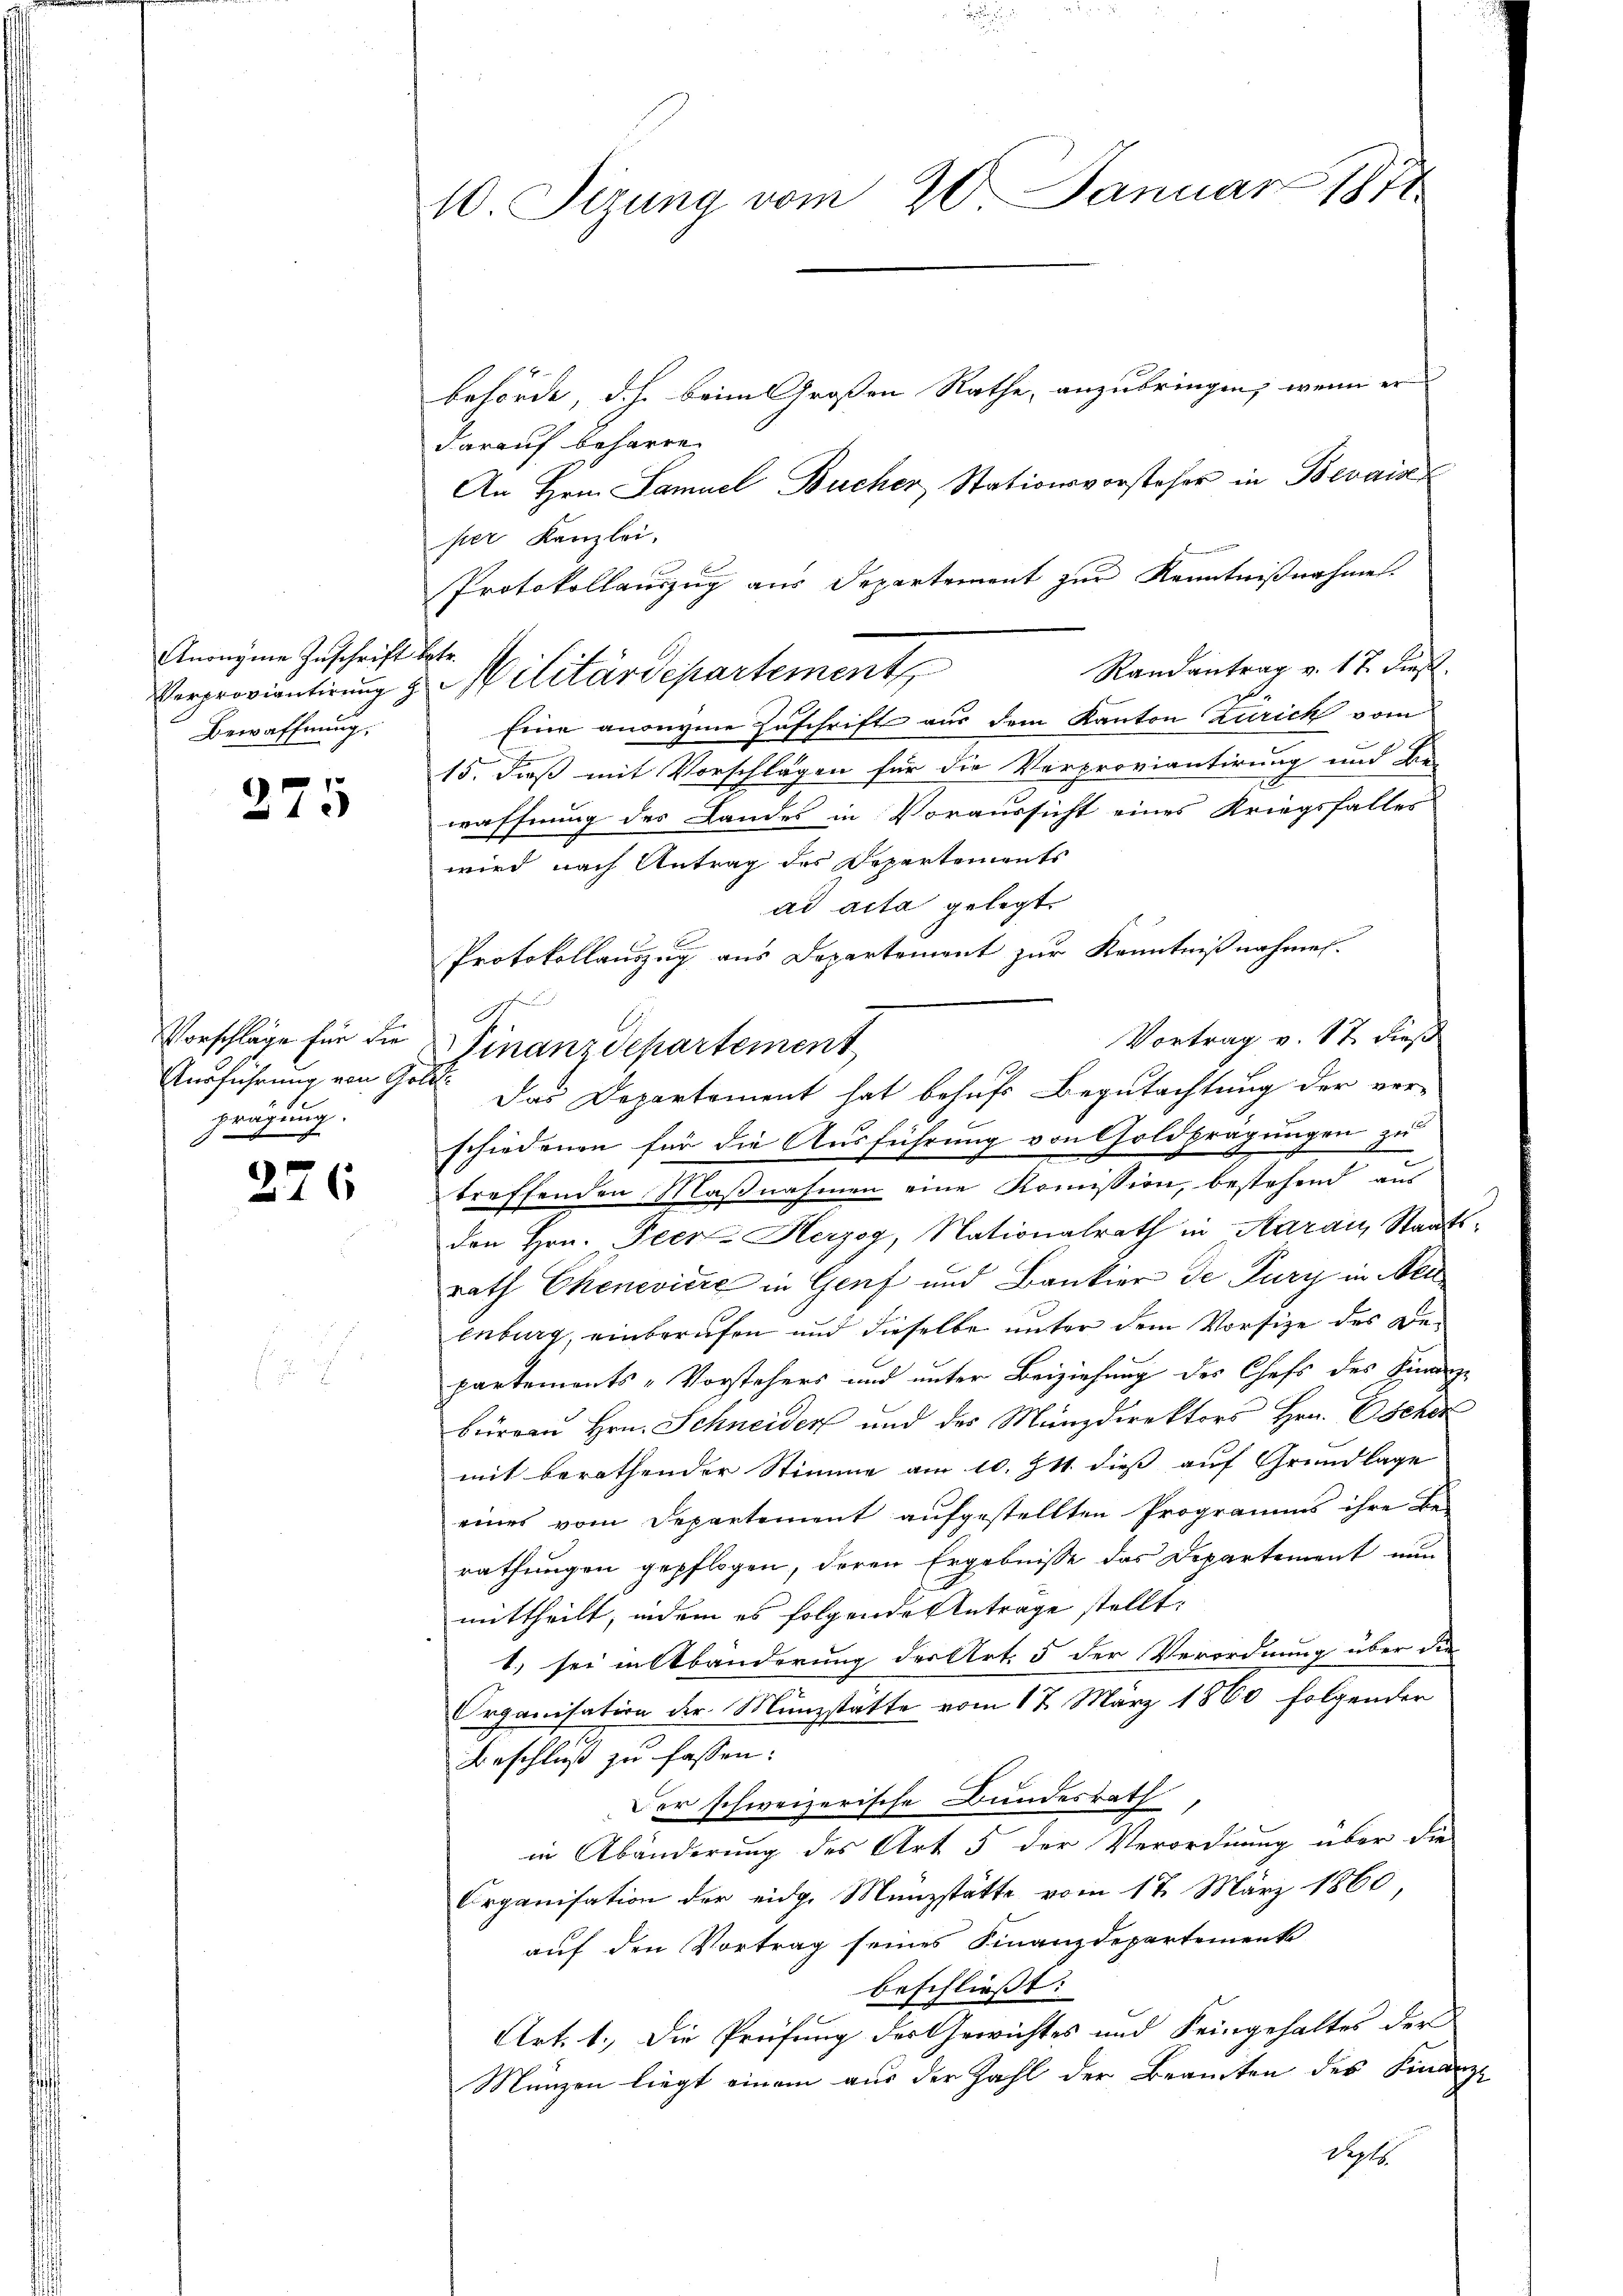
Anongene Zuschrift betr.
Bewaffnung,

275

Ausführung von Goldprägung.

276

10 Sizung vom 20. Januar 1871
behörde, d.h. beim Großen Rathe, anzubringen, wenn er
darauf beharre
An Hrn. Samuel Bucher, Stationsvorsteher in Bevais

pier Kanzlei,
Protokollauszug aus Departement zur Kenntnißnahmen.
Randantrag v. 17. dieß.
Eine anonyme Zuschrift aus dem Kanton Zürich vom
f
15. dieß mit Vorschlägen für die Verproviantirung und Bie-
waffnung des Landes in Voraussicht eines Kriegsfalles
wird nach Antrag des Departements
ad acta gelegt.
Protokollauszug aus Departement zur Kenntnißnahmen.
efund
Vortrag v. 17 dieß
Vorschläge für die Finanzdepartement
schiedenen für die Ausführung von Goldprägungen zu
treffenden Maßnahmen eine Komission, bestehend aus
den Hrn. Peer- Herzog, Nationalrath in Aarau Staatsrath Chenevière in Genf und Bankier de Pury in Neu
enburg, einberufen und dieselbe unter dem Vorsize des Bepartements-Vorstehers und unter Beiziehung des Chefs des Finanze
beirren Hrn. Schneiden und des Münzdirektors Hrn. Escher
mit berathender Stimme am 10. Zt. dieß auf Grundlage
eines vom Departement aufgestellten Programms ihre Be-
rathungen gepflogen, deren Ergebnisse das Departement nun
mittheilt, indem es folgende Antrage stellt:
1.) sei in Abänderung der Art. 5 der Verordnung über die
Organisation der Münzstatte vom 17. März 1860 folgender
Beschluß zu fassen:
Der schweizerische Bundesrath
in Abänderung des Art 5 der Verordnung über die
Organisation der eidge Münzstätte vom 17. März 1860
auf den Vortrag seines Finanzdepartement
beschliesst:
Art. 1. Die Prüfung der Gewichtes und Feingehaltes der
Münzen liegt einem aus der Zahl der Beamten des Finanz-
Sept.

Verproviantirung & Militärdepartement

Das Departement hat behufs Begutachtung der vor-